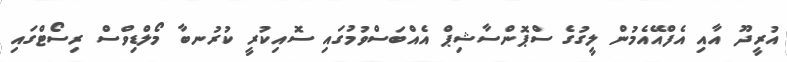
އުރީދޫ އާއި އެފްއޭއެމުން ލީގުގެ ސްޕޮންސާޝިޕް އެއްބަސްވުމުގައި ސޮއިކުރީ ކުރުނބާ މޯލްޑިވްސް ރިސޯޓްގައި